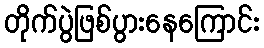
တိုက်ပွဲဖြစ်ပွားနေကြောင်း